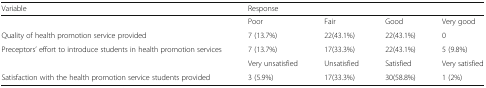
<table><thead><tr><td><b>Variable</b></td><td colspan="4"><b>Response</b></td></tr></thead><tbody><tr><td></td><td>Poor</td><td>Fair</td><td>Good</td><td>Very good</td></tr><tr><td>Quality of health promotion service provided</td><td>7 (13.7%)</td><td>22(43.1%)</td><td>22(43.1%)</td><td>0</td></tr><tr><td>Preceptors’ effort to introduce students in health promotion services</td><td>7 (13.7%)</td><td>17(33.3%)</td><td>22(43.1%)</td><td>5 (9.8%)</td></tr><tr><td></td><td>Very unsatisfied</td><td>Unsatisfied</td><td>Satisfied</td><td>Very satisfied</td></tr><tr><td>Satisfaction with the health promotion service students provided</td><td>3 (5.9%)</td><td>17(33.3%)</td><td>30(58.8%)</td><td>1 (2%)</td></tr></tbody></table>